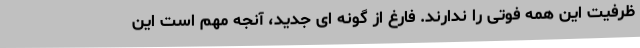
ظرفیت این همه فوتی را ندارند. فارغ از گونه ای جدید، آنجه مهم است این